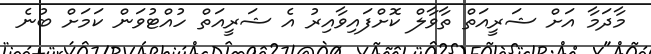
މާދަމާ އަށް ޝަރީއަތް ތާވާލް ކޮށްފައިވާއިރު އެ ޝަރީއަތް ހުއްޓުވަން ކަމަށް ބުނެ